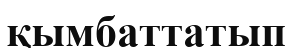
қымбаттатып